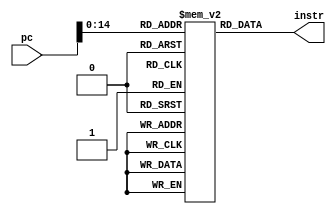
module rom(
    input [15:0] pc,
    output [15:0] instr
);

    reg [15:0] romFile [0:2**15-1];

    assign instr = romFile[pc];

    initial begin
        romFile[0] <= {4'b0001, 3'b001, 3'b010, 3'b011, 1'b0, 2'b00};
        romFile[1] <= {4'b0001, 3'b001, 3'b010, 3'b011, 1'b0, 2'b10};
        romFile[2] <= {4'b0001, 3'b001, 3'b010, 3'b011, 1'b0, 2'b01};
        romFile[3] <= {4'b0001, 3'b001, 3'b010, 3'b011, 1'b0, 2'b11};
        romFile[4] <= {4'b0000, 3'b001, 3'b100, 6'h25};
        romFile[5] <= {4'b0010, 3'b001, 3'b010, 3'b011, 1'b0, 2'b00};
        romFile[6] <= {4'b0010, 3'b001, 3'b010, 3'b011, 1'b0, 2'b10};
        romFile[7] <= {4'b0010, 3'b001, 3'b010, 3'b011, 1'b0, 2'b01};
        romFile[8] <= {4'b0011, 3'b101, 9'h085};
        romFile[9] <= {4'b0100, 3'b011, 9'h005};
        romFile[10] <= {4'b0101, 3'b101, 3'b011, 6'h07};
        romFile[11] <= {4'b1100, 3'b010, 9'h045};
        romFile[12] <= {4'b1101, 3'b001, 9'h035};
        romFile[13] <= {4'b1110, 3'b001, 9'h0};
        romFile[14] <= {4'b1111, 3'b001, 9'h0};
        romFile[15] <= {4'b1000, 3'b011, 3'b100, 6'h13};
        romFile[16] <= {4'b1001, 3'b011, 9'h050};
        romFile[17] <= {4'b1010, 3'b010, 3'b001, 6'h30};
        romFile[18] <= {4'b1011, 3'b011, 9'h017};

    end

endmodule